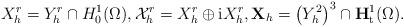
LaTeX: \begin{align*}X_{h}^{r} = Y^{r}_{h} \cap H_{0}^{1}(\Omega), \mathcal{X}_{h}^{r} = X_{h}^{r} \oplus {\rm i}X_{h}^{r},\mathbf{X}_{h} = \big( Y^{2}_{h}\big)^{3}\cap \mathbf{H}^{1}_{\rm t}(\Omega).\end{align*}